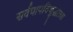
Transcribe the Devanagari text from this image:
सर्वपापविशुद्धात्मा